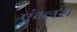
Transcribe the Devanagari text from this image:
एंग्लस